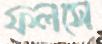
ফলসে